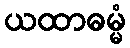
ယထာဓမ္မံ